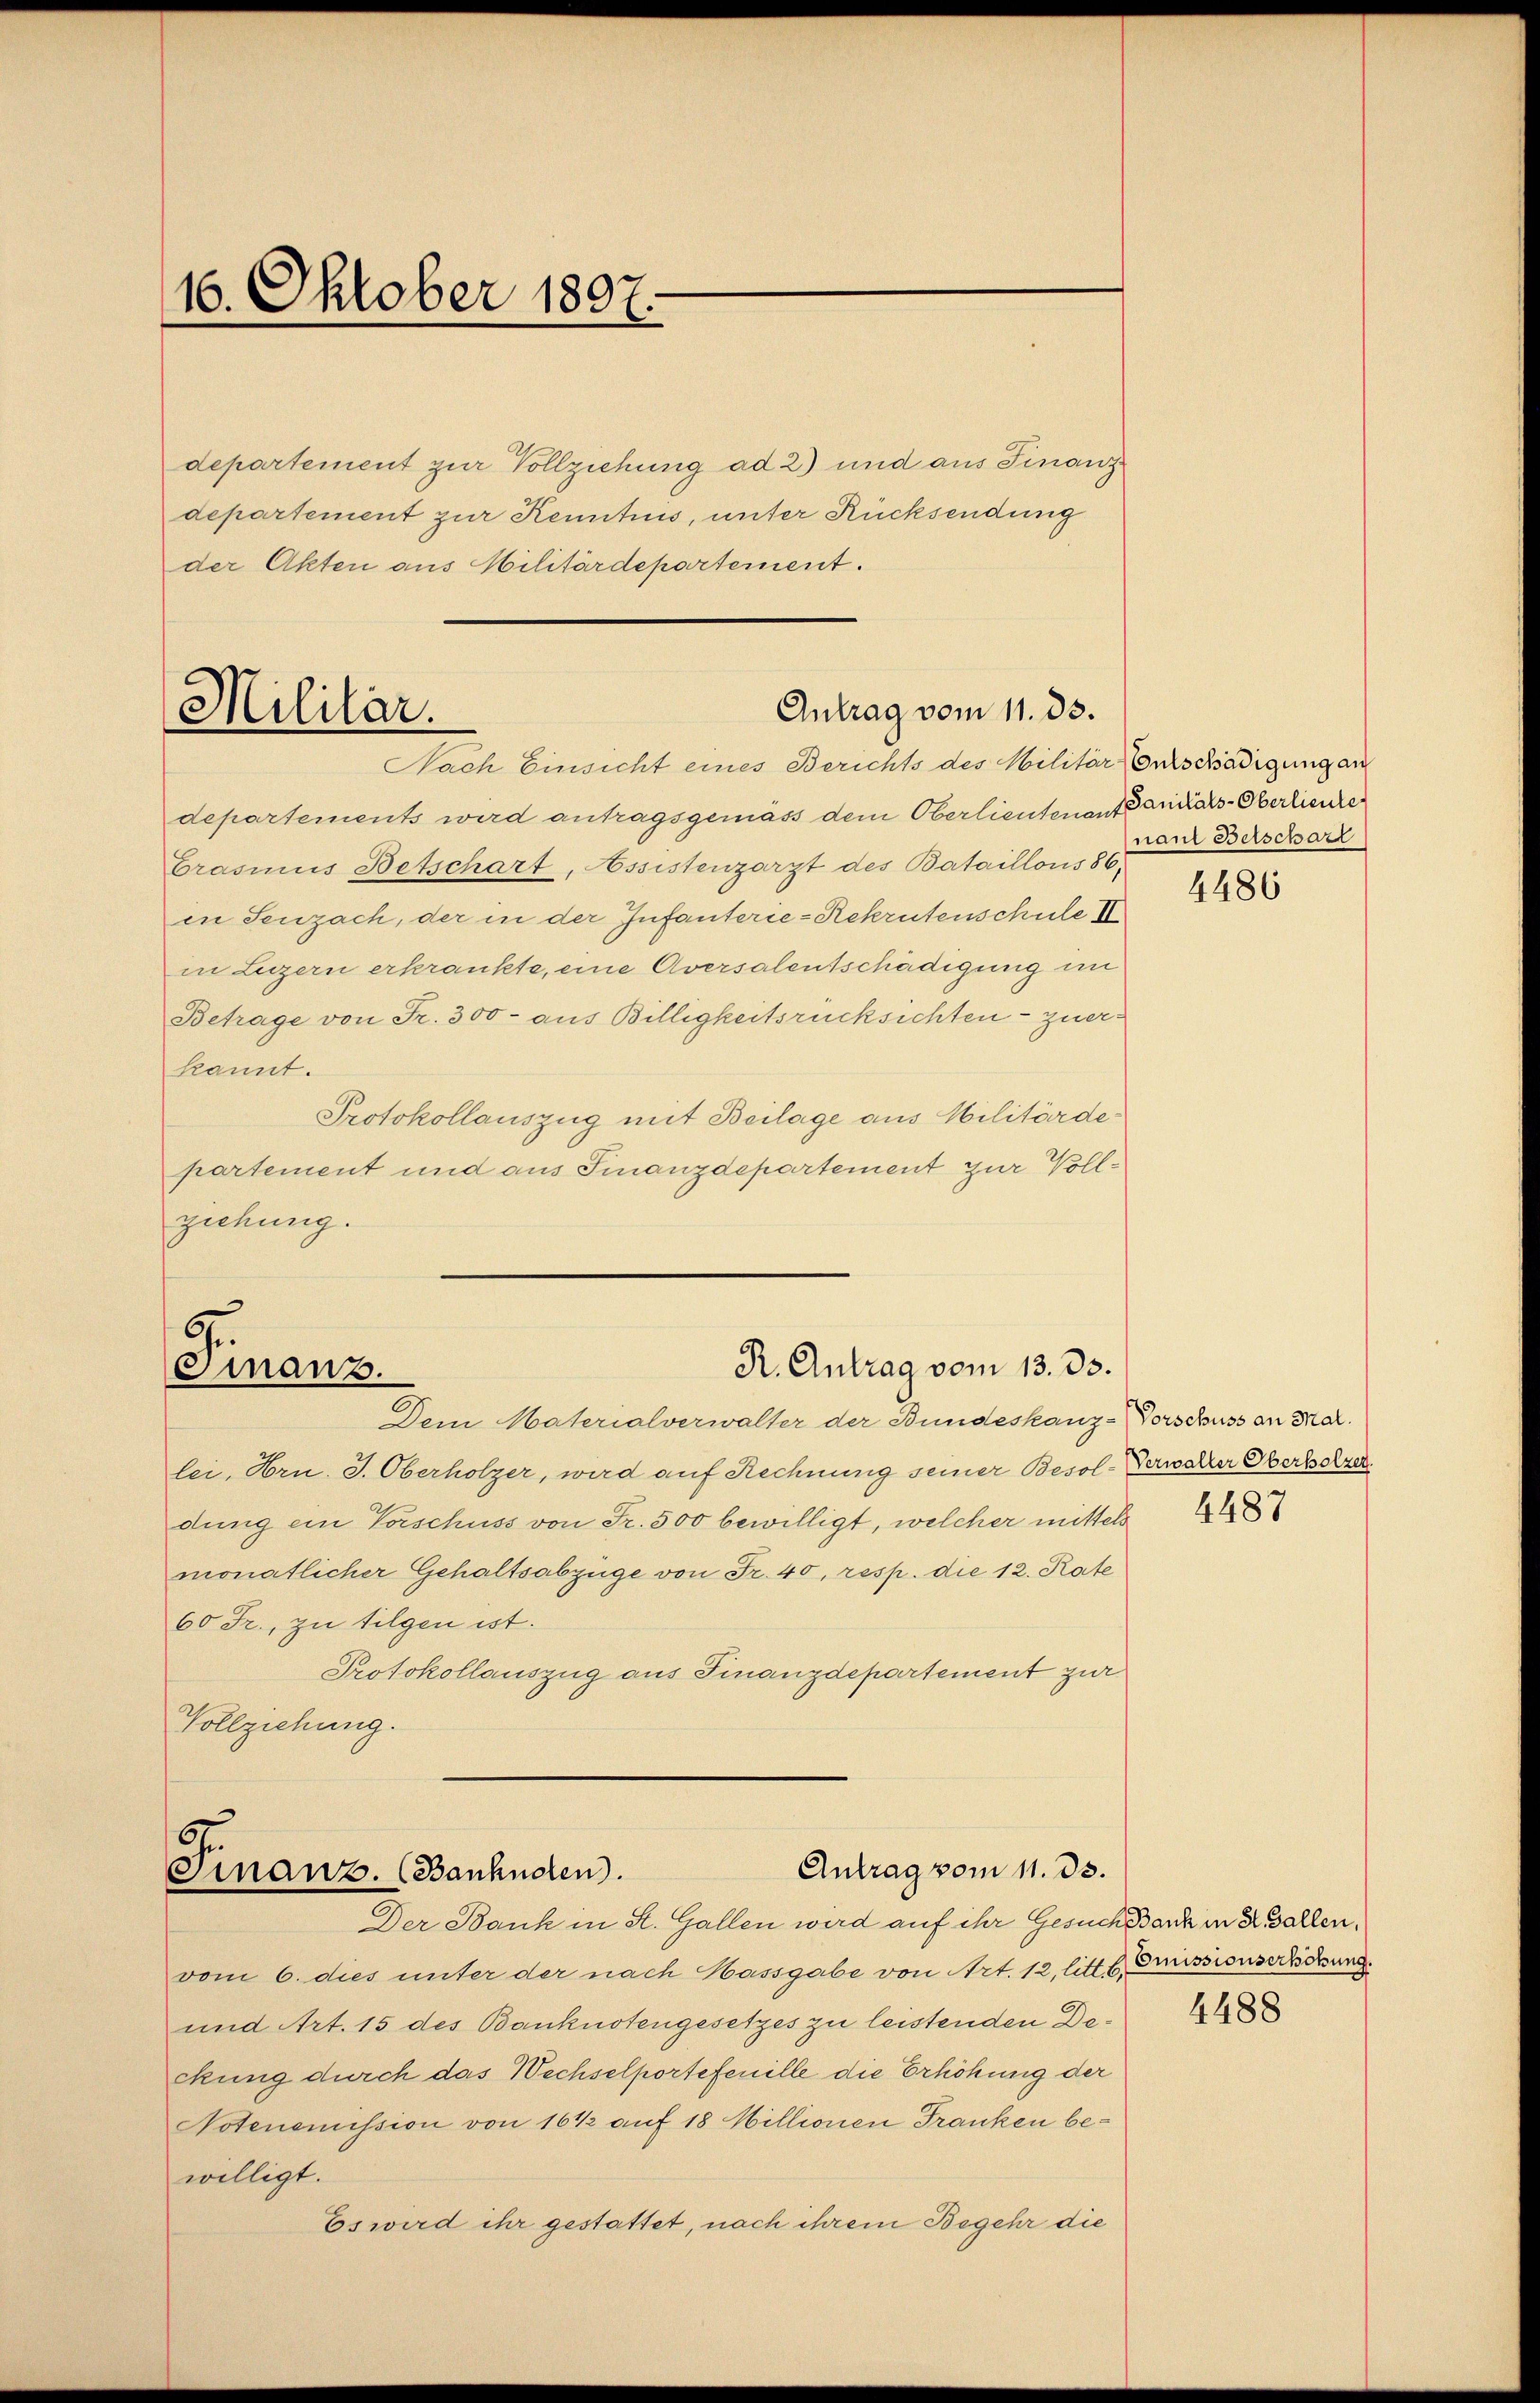
16. Oktober 1897.

departement zur Vollziehung ad 2) und aus Finanz
departement zur Kenntnis, unter Rücksendung
der Akten aus Militärdepartement.

Antrag vom 11. 33.
Militär.
Nach Einsicht eines Berichts des Militär Entschädigung an

.
R. Antrag vom 13. 33.
Finanz.

departements wird antragsgemäss dem Oberlieutenant Sanitäts-Oberlisire
Crasinus Betschart, Assistenzarzt des Bataillons 86.
in Seuzach, der in der Infanterie-Rekrutenschule IV
in Luzern erkrankte, eine Aversalentschädigung in
Betrage von Fr. 300 - aus Billigkeitsrücksichten - zuers
kannt.
Protokollauszug mit Beilage aus Militärdepartement und aus Finanzdepartement zur Vollziehung.

Dem Materialverwalter der Bundeskanz-Vorschuss an Mar.
lei, Hrn. S. Oberholzer, wird auf Rechnung seiner Besol-Verwalter Oberholzer
dung ein Vorschuss von Fr. 500 bewilligt, welcher mittels
monatlicher Gehaltsabzüge von Fr. 40, resp. die 12. Rate
60 Fr., zu tilgen ist.
Protokollauszug aus Finanzdepartement zur
Vollziehung.

Antrag vom 11. ds.
Finanz. (Banknoten.
Der Bank in St. Gallen wird auf ihr Gesuchsard in Ballen,

vom 6. dies unter der nach Hassgabe von Art. 12, litt. b. Grussionserckung.
und Art. 15 des Banknotengesetzes zu leistenden Deckung durch das Wechselportefenille die Erhöhung der
Notenomission von 16 1/2 auf 18 Millionen Franken bewilligt.
Es wird ihr gestattet, nach ihrem Begehr die

naul Belschart

4486

4487

4488